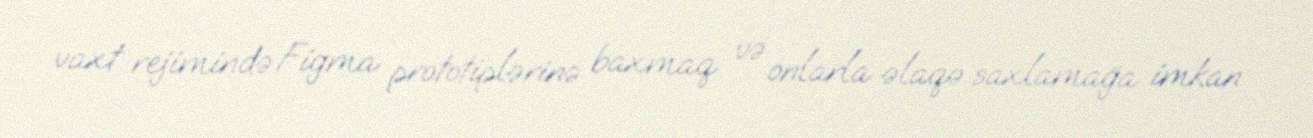
vaxt rejimində Figma prototiplərinə baxmaq və onlarla əlaqə saxlamağa imkan